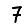
Digit: 7